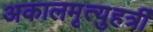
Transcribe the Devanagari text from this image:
अकालमृत्युहर्त्री